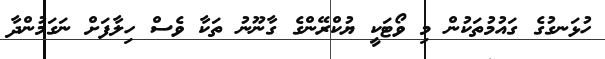
ހުޅަނގުގެ ގައުމުތަކުން މި ވޯޓަކީ ޔުކްރޭންގެ ގާނޫނު ތަކާ ވެސް ހިލާފަށް ނަގަމުންދާ